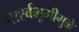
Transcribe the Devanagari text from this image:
पार्श्‍वभूमीमुळे